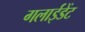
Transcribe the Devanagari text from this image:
गलाईडेंट